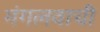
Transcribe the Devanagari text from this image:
मंगलवाची